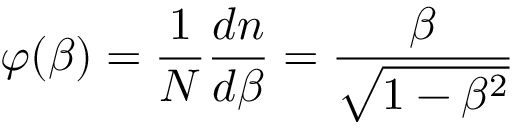
\varphi ( \beta ) = \frac { 1 } { N } \frac { d n } { d \beta } = \frac { \beta } { \sqrt { 1 - \beta ^ { 2 } } }